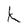
Character: k